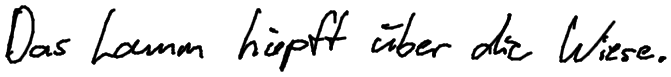
Das Lamm hüpft über die Wiese.